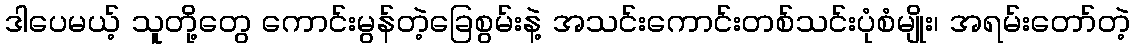
ဒါပေမယ့် သူတို့တွေ ကောင်းမွန်တဲ့ခြေစွမ်းနဲ့ အသင်းကောင်းတစ်သင်းပုံစံမျိုး၊ အရမ်းတော်တဲ့